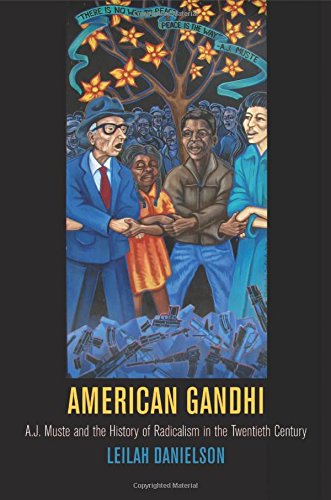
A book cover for American Gandhi: A. J. Muste and the History of Radicalism in the Twentieth Century (Politics and Culture in Modern America); Leilah Danielson; Religion & Spirituality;